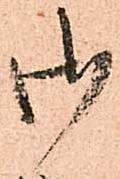
御